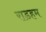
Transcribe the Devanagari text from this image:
राडहम